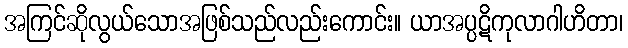
အကြင်ဆိုလွယ်သောအဖြစ်သည်လည်းကောင်း။ ယာအပ္ပဋိကုလာဂါဟိတာ၊